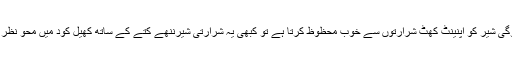
کبھی ڈوگی شیر کو اپنینٹ کھٹ شرارتوں سے خوب محظوظ کرتا ہے تو کبھی یہ شرارتی شیرننھے کتے کے ساتھ کھیل کود میں محو نظر آتا ہے ۔